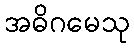
အဓိဂမေသု